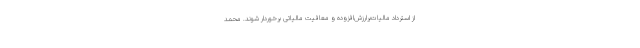
از استرداد مالیات‌برارزش‌افزوده و معافیت مالیاتی برخوردار شوند. محمد